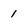
Character: 1